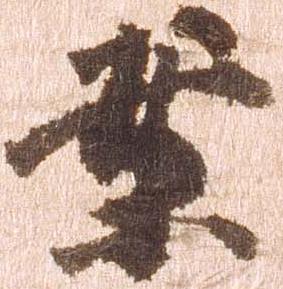
案